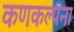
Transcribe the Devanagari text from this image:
कणकल्पना